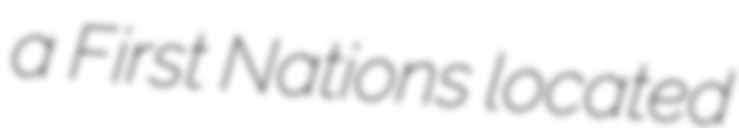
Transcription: a First Nations located